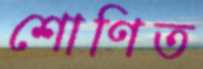
শোণিত